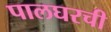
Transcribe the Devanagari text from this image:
पालघरची